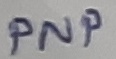
Text: PNP